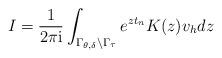
LaTeX: \begin{align*} I=\frac{1}{2\pi\mathrm{i}}\int_{\Gamma_{\theta,\delta}\backslash\Gamma_\tau} e^{zt_n} K(z) v_hdz\end{align*}